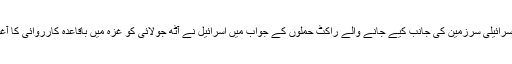
غزہ سے اسرائيلی سرزمين کی جانب کيے جانے والے راکٹ حملوں کے جواب ميں اسرائيل نے آٹھ جولائی کو غزہ ميں باقاعدہ کارروائی کا آغاز کيا تھا۔